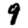
Digit: 9